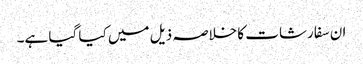
ان سفارشات کا خلاصہ ذیل میں کیا گیا ہے۔